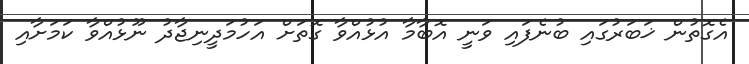
އެގޮތުން ޚަބަރުގައި ބުނެފައި ވަނީ އޮބާމާ އުޅުއްވާ ގޮތަށް އަހުމަދީނިޖާދު ނޫޅުއްވާ ކަމަށާއި